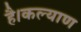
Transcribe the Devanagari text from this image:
है।कल्याण